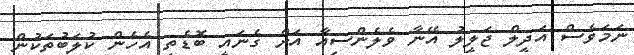
ނަމަވެސް އަދީލް ޖަލީލު އޭނާ ވެލެންސިއާ އަށް ގެނައީ ބޮޑެތި އެހެން ކުލަބުތަކުން